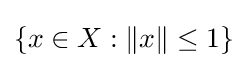
\{x\in X:\|x\|\leq 1\}